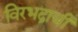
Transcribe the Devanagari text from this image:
विरभद्राची